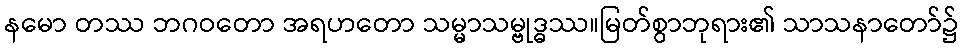
နမော တဿ ဘဂဝတော အရဟတော သမ္မာသမ္ဗုဒ္ဓဿ။မြတ်စွာဘုရား၏ သာသနာတော်၌